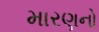
મારણનો